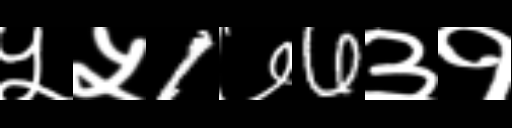
Text: ५५1७6३१